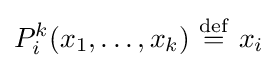
P_{i}^{k}(x_{1},\ldots ,x_{k})\ {\stackrel {\mathrm {def} }{=}}\ x_{i}